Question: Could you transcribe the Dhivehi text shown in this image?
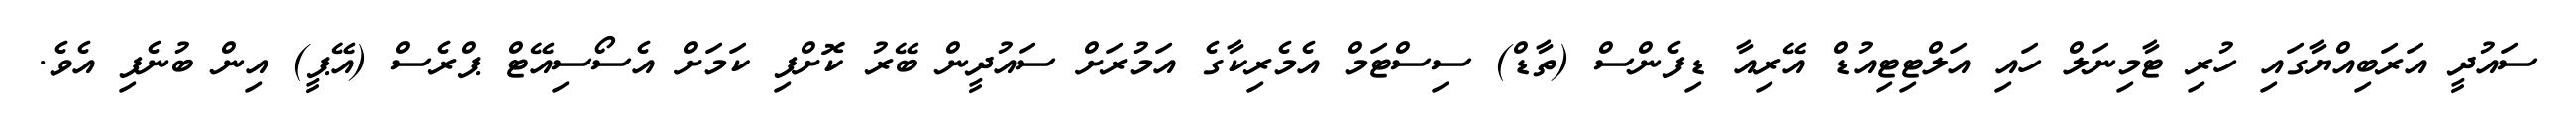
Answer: ސައުދީ އަރަބިއްޔާގައި ހުރި ޓާމިނަލް ހައި އަލްޓިޓިއުޑް އޭރިއާ ޑިފެންސް (ތާޑް) ސިސްޓަމް އެމެރިކާގެ އަމުރަށް ސައުދީން ބޭރު ކޮށްފި ކަމަށް އެސޯސިއޭޓް ޕްރެސް (އޭޕީ) އިން ބުނެފި އެވެ.